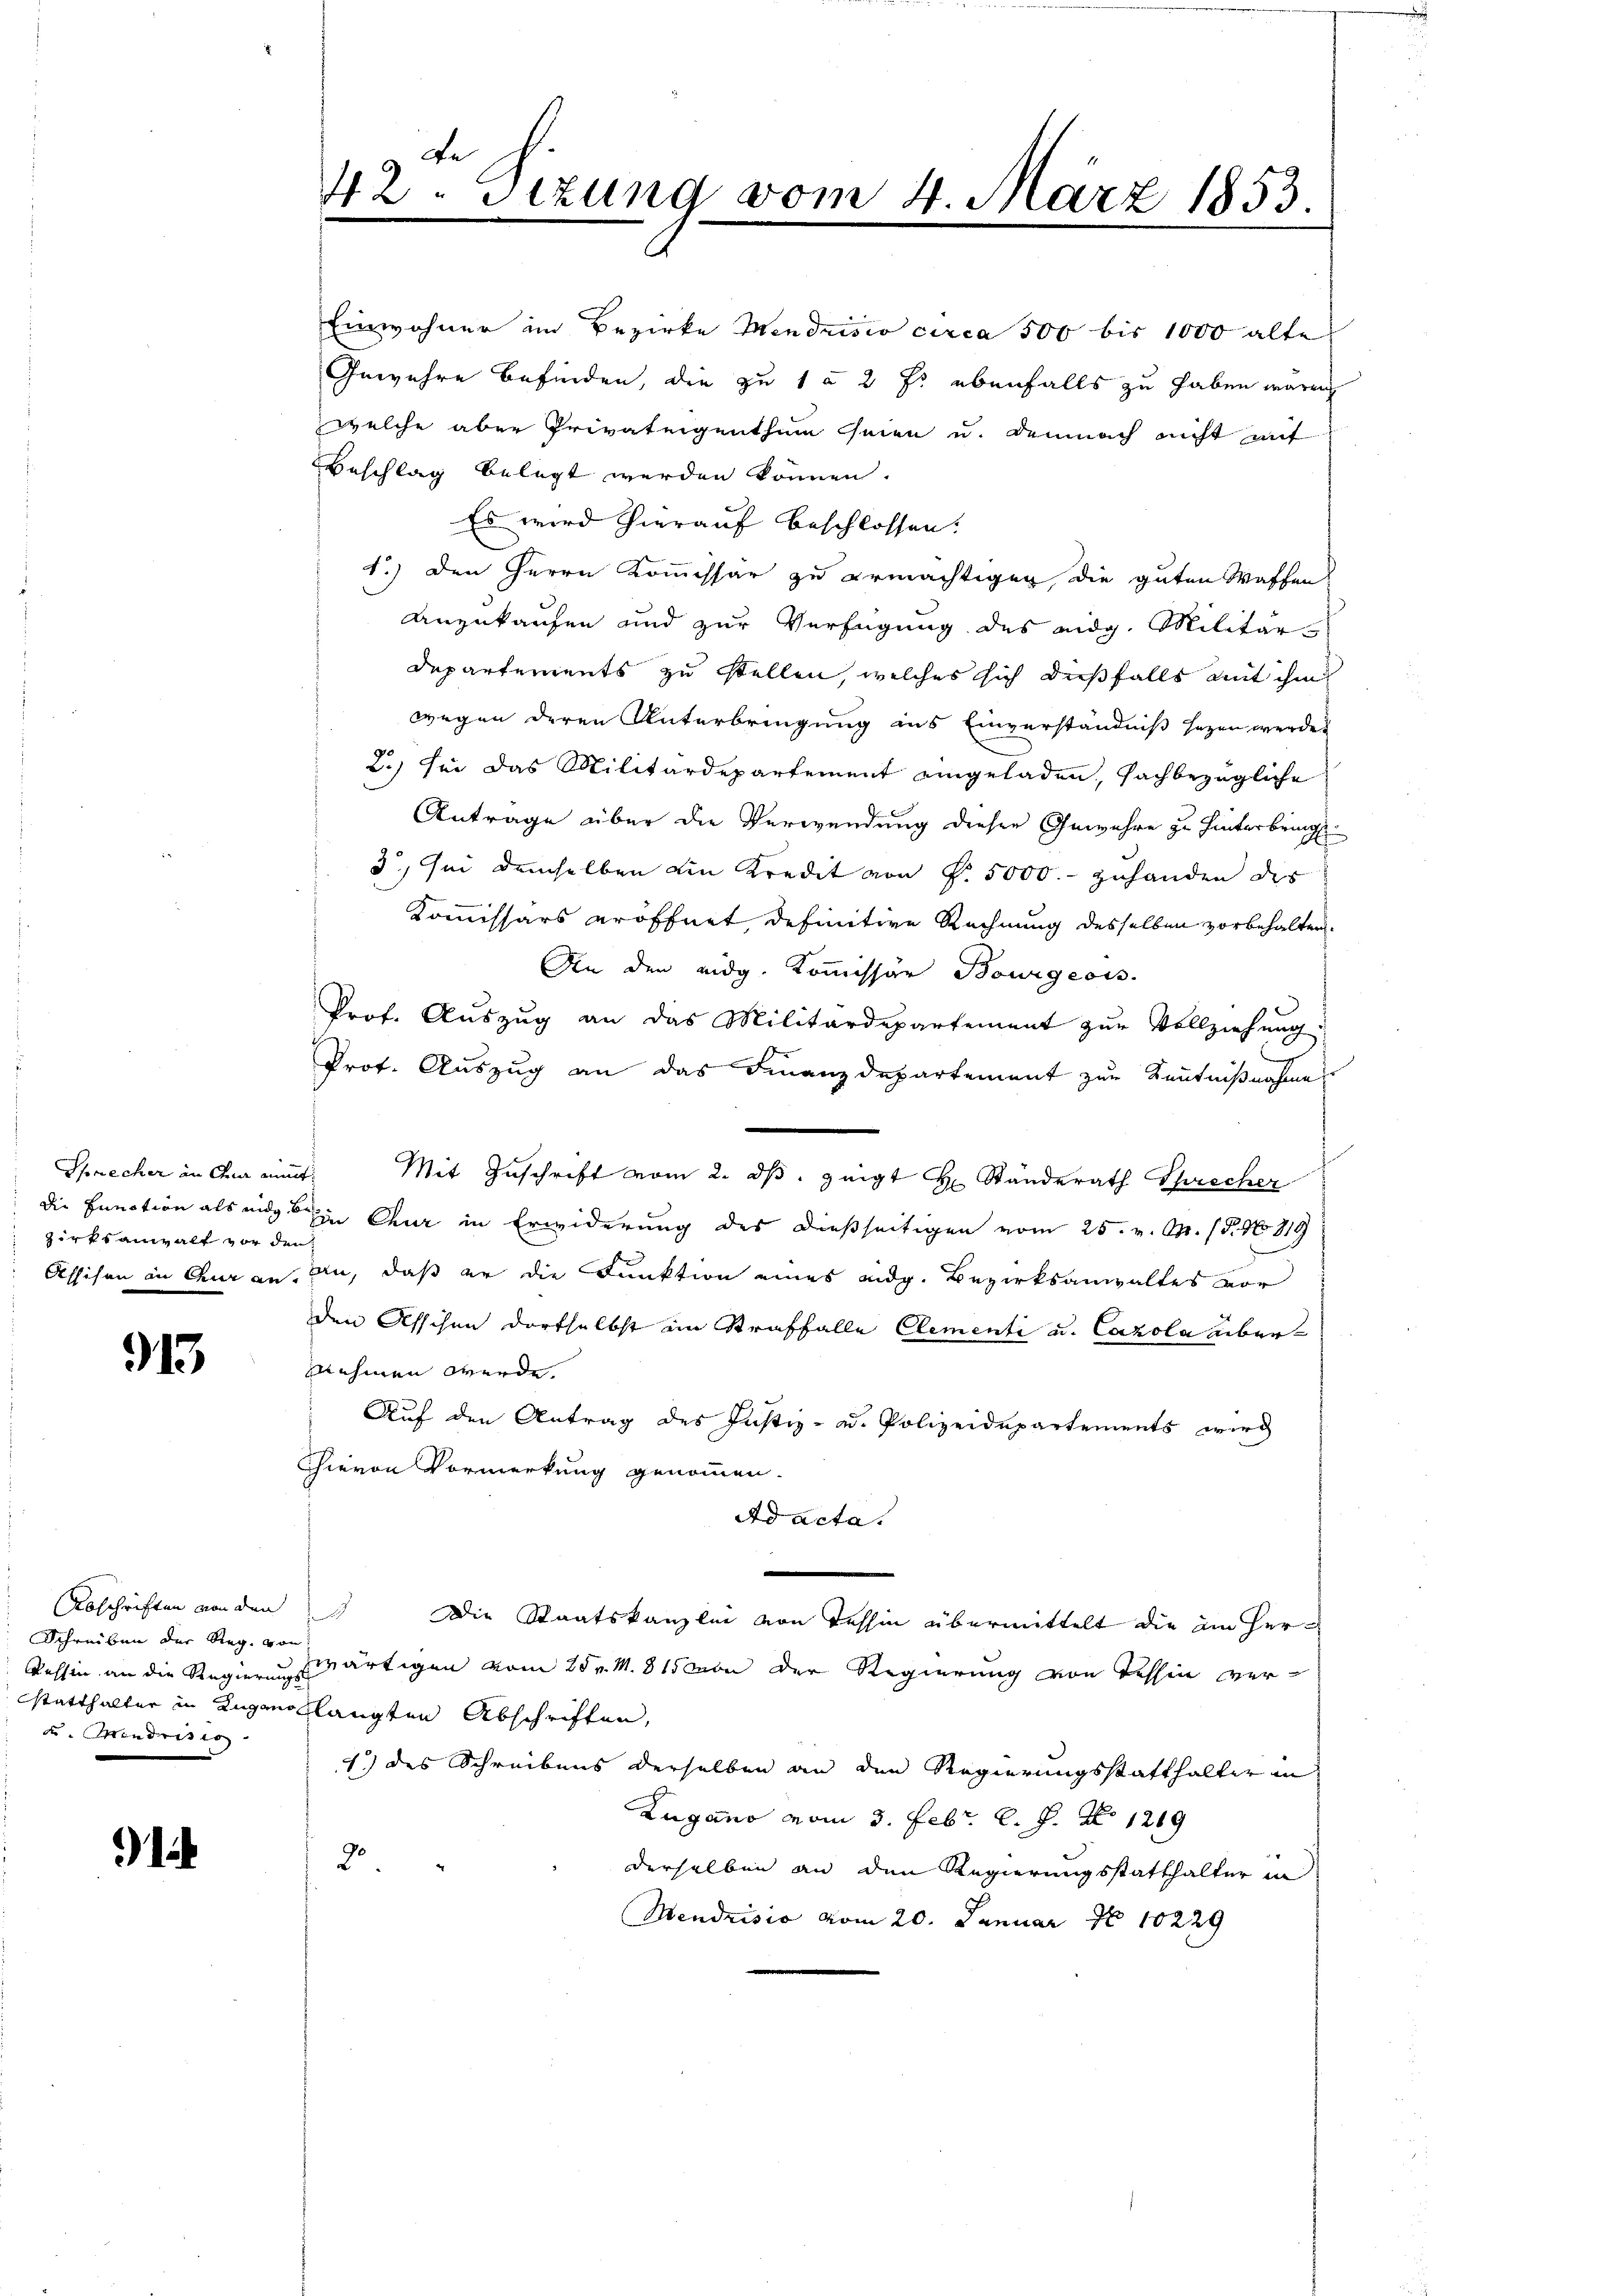
die Punction als und b
zirksanwalt vor den

913.

Abschriften von den
Schreiben der Reg. von
Bellin an die Regierungs
statthalter in Zugano,
de. Mendrisis

i

42. Sezung vom 4. März 1853.
4

Einwohner im Bezirke Mendrisis circa 500 bis 1000 alte
Gewehre befinden, die zu 1 § 2 f: ebenfalls zu haben wären
welche aber Privateigenthum seien u. demnach nicht mit
Beschlag belegt werden können.
Es wird hierauf beschlossen:
1.) Den Herrn Kommissär zu ermachtigen die guten Waffen
Anzukaufen und zur Verfügung des eidg. Militär-
Departements zu stellen, welches sich dießfalls mit ihm
wegen deren Unterbringung aus Einverständniß sezen werden
2.) Sei das Militärdepartement eingeladen, sachbezügliche
Antrage über die Verwendung dieser Gewehre zu hinterbring
3.) Sei demselben ein Kredit von N. 5000.- zuhanden des
Kommissärs eröffnet, definitive Rechnung desselben vorbehalten.
An den eidg. Kommissär Bourgeois.
Prof. Auszug an das Militärdepartement zur Vollziehung.
Prot. Auszug an das Finanzdepartement zur Kenntnißnahme
Sprecher in Ana mit Mit Zuschrift vom 2. ds. zeigt Hr. Standerath Sprecher
in Chur in Erwiderung des dießseitigen vom 25. v. M. (5. No. 819
Assisen in Chur an, an, daß er die Funktion eines eidg. Bezirksanwaltes vor
den Asschen dortselbst an Straffalle Clementi u. Cazola übernehmen werde.
Auf den Antrag des Justiz- u. Polizeidepartements wird
hievon Vormerkung genommen.
Ad acta.
Die Staatskanzlei von Tessin übermittelt die im Herzwärtigen vom 25 v. M. 815 von der Regierung von Tessin verklangten Abschriften,
1.) des Schreibens derselben an den Regierungsstatthalter in
Zugano vom 3. Febr. l. J. Z. 1249
20.
derselben an den Regierungsstatthalter in
Mendrisio vom 20. Januar No 10229